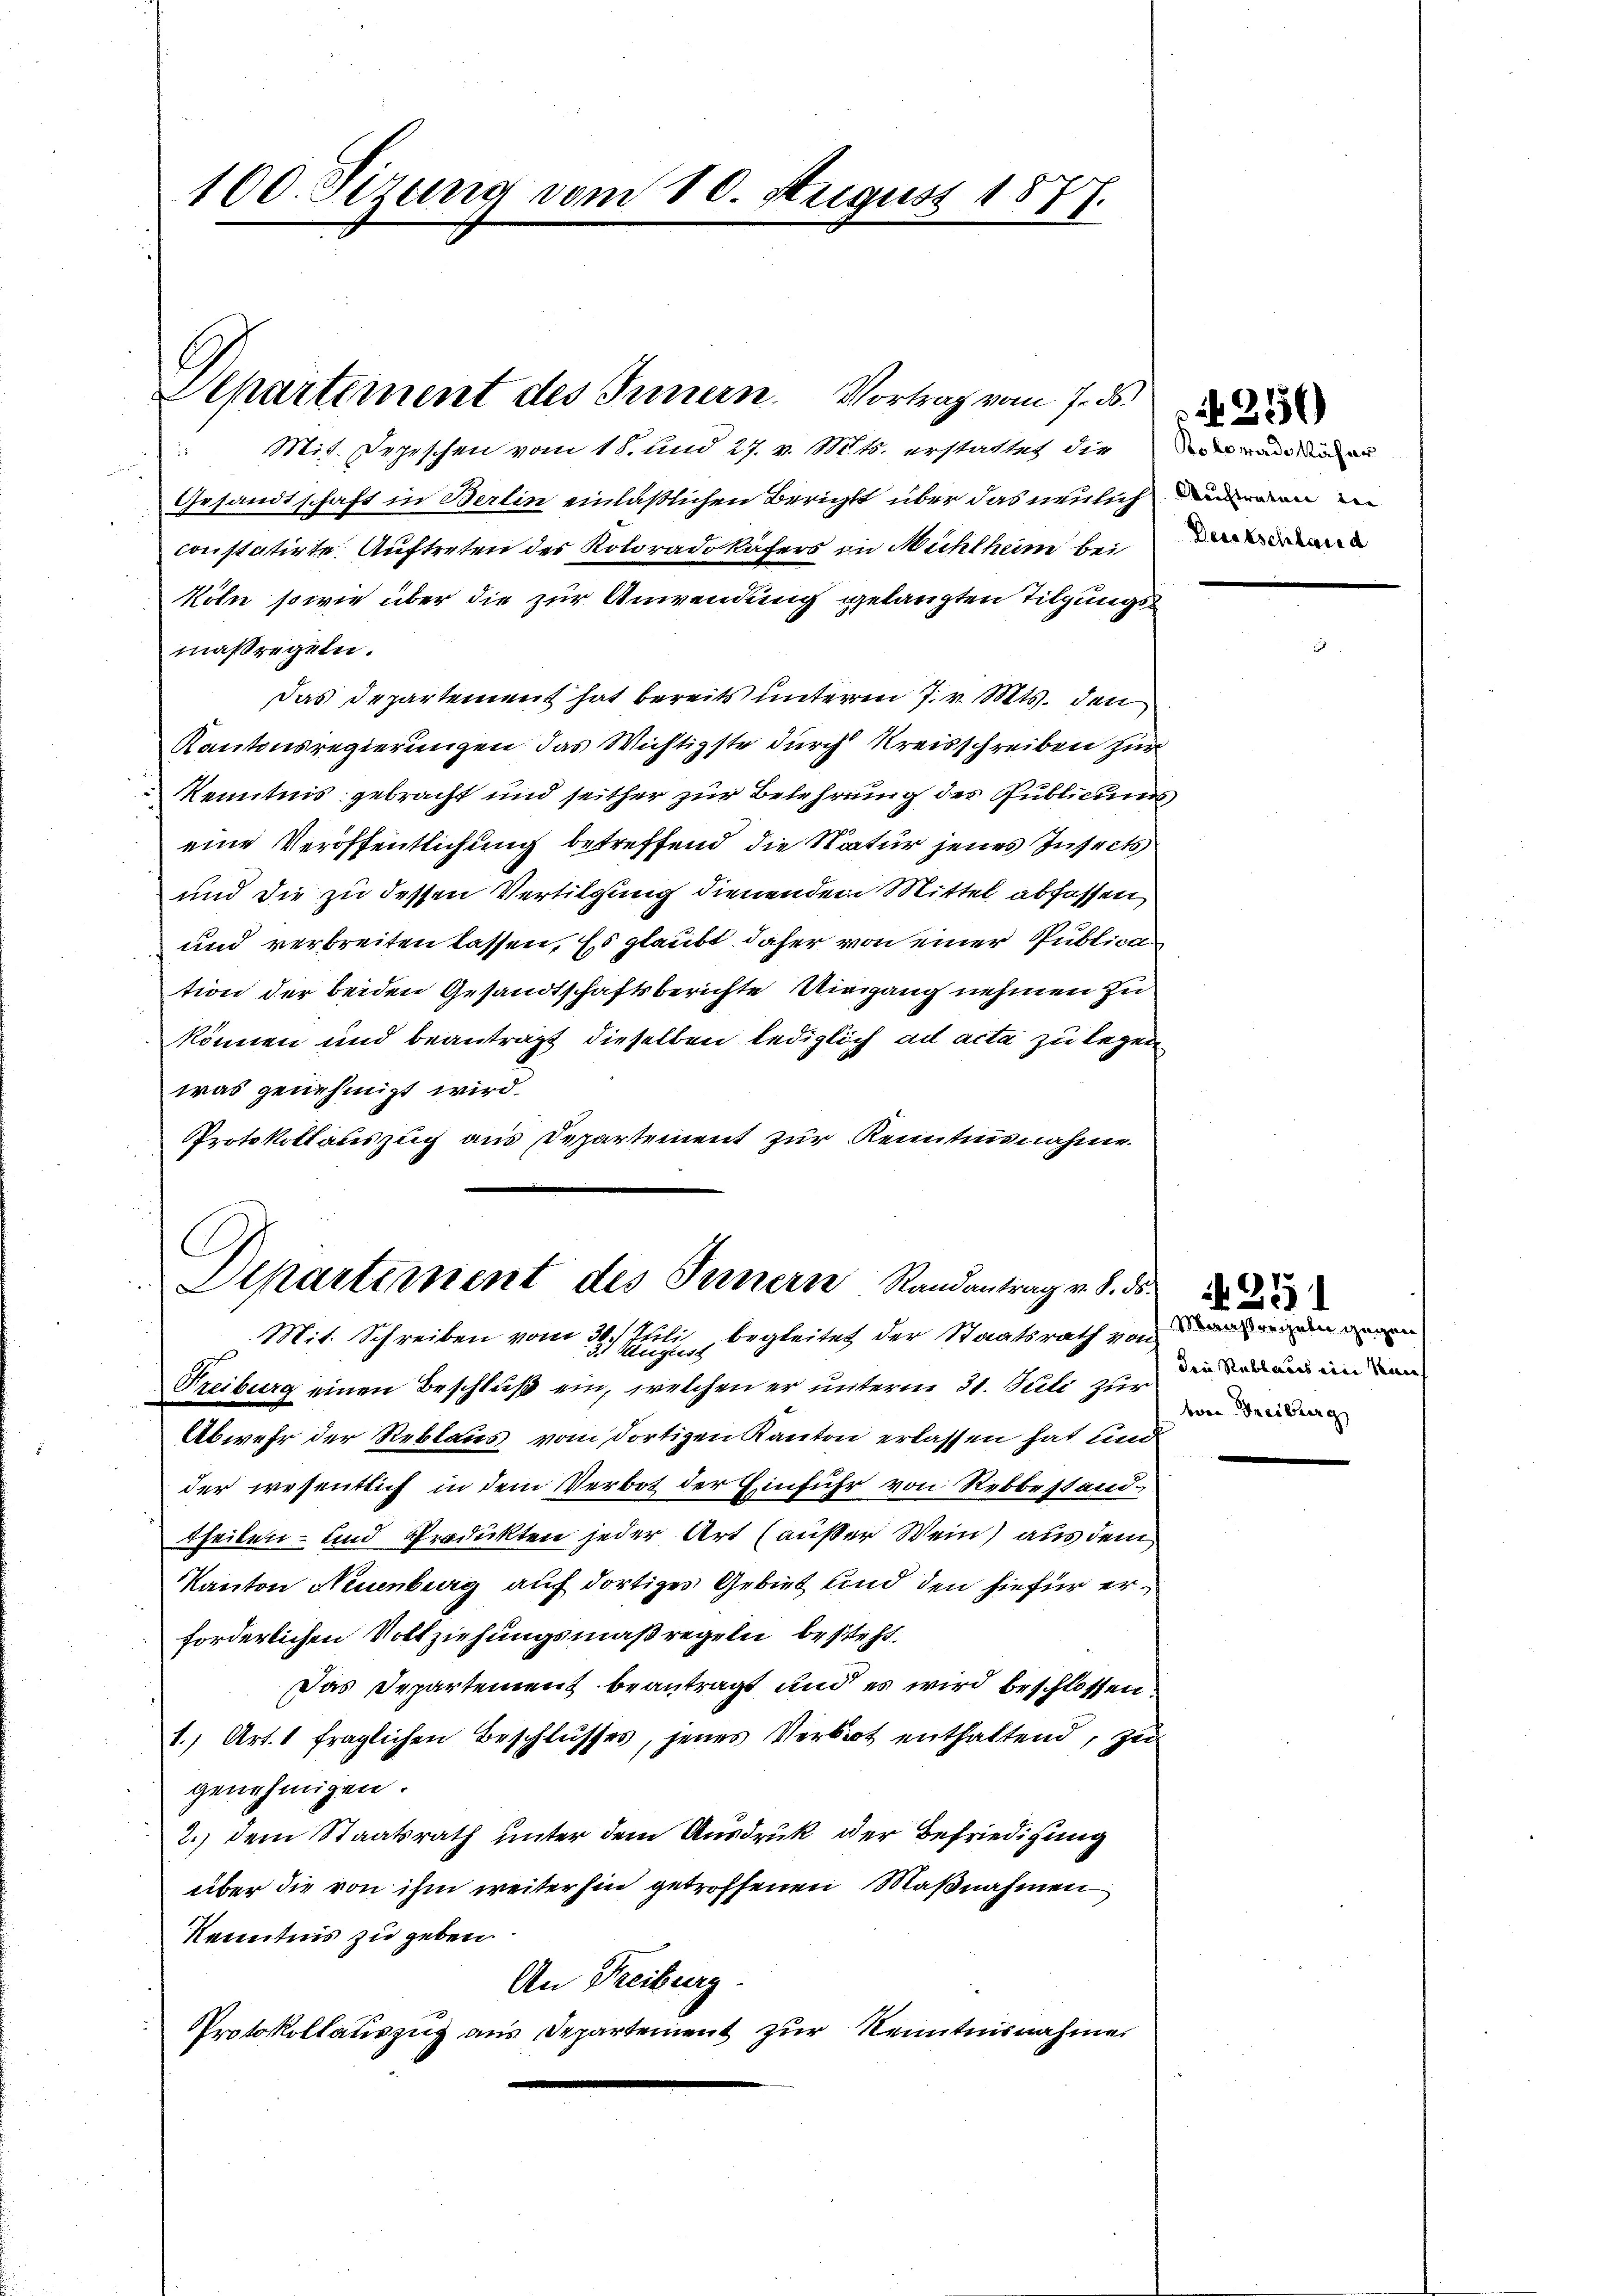
100. Sizung vom 10. August 1877.

u
Gesandtschaft in Berlin einläßlichen Berichts über das neulich von in
constatirte Auftreten des Koloradokäfers in Mühlheim bei
Köln sowie über die zur Anwendung gelangten Tilgungsmaßregeln.
Das Departement hat bereits unterm 7. v. Mts. den
Kantonsregierungen das Wichtigste durch Kreisschreiben zur
Kenntnis gebracht und seither zur Belehrung des Publicums
eine Veröffentlichung betreffend die Natur jenes Insects
und die zu dessen Vertilgung dienendem Mittel abfassen,
und verbreiten lassen. Es glaubt daher von einer Publica
tion der beiden Gesandtschaftsberichte Umgang nehmen zu
können und beanträgt dieselben lediglich ad acta zu legen
was genehmigt wird.
Protokollauszug aus Departement zur Kenntnisnahme

Apartement des Innern. Vortrag vom 7. ds.
Mit. Depeschen vom 18. und 27. v. Mts. erstattet die anden

Departement des Innern Randantrag v. 8. ds.
Mit. Schreiben vom 30. Juli begleitet der Staatsrath von der einen
Freiburg einen Beschluß ein, welchen er unterm 31. Juli zur

Deus Eschland

Abwehr der Reblaus vom dortigen Kanton erlassen hat und
der wesentlich in dem Verbot der Einfuhr von Rebbestandtheilen- und Prodickten jeder Art (außer Wein) aus dem
Kanton Neuenburg auf dortiges Gebiet und den hiefür erforderlichen Vollziehungsmaßregeln besteht.
Das Departement beantragt und es wird beschlossen:
1., Art. 1 fraglichen Beschlusses, jenes Verbrot enthaltend, zu
genehmigen.
2.) dem Staatsrath unter dem Ausdruck der Befriedigung
über die von ihm weiterhin getroffenen Maßnahmen
Kenntnis zu geben.
An Freiburg.
Protokollauszug aus Departement zur Kenntnisnahme

Die Rublaues ein seine
von Freiburg

251